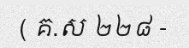
( គ.ស ២២៨ -